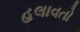
હલાવતો